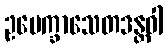
ဥပေက္ခာသေတဒန္တဝါ